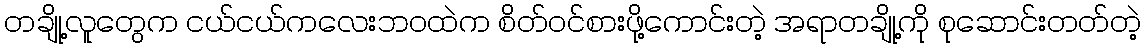
တချို့လူတွေက ငယ်ငယ်ကလေးဘ၀ထဲက စိတ်ဝင်စားဖို့ကောင်းတဲ့ အရာတချို့ကို စုဆောင်းတတ်တဲ့